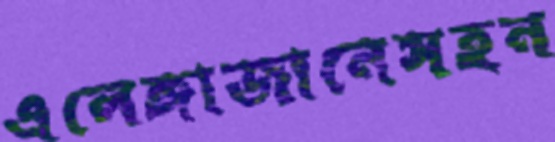
এলেঙ্গাজানেসহন